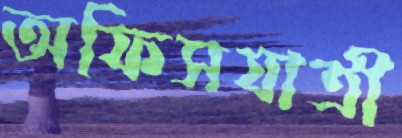
অফিসযাত্রী